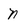
Character: n